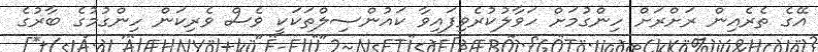
އޭގެ ތެރެއިން ރަށްރަށް ހިންގުމަށް ހަވާލުކުރެވިފައިވާ ކައުންސިލްތަކަކީ ވެސް ވެރިކަން ހިންގުމުގެ ބާރުގެ